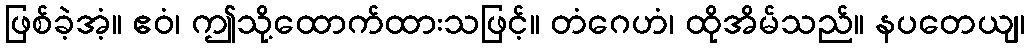
ဖြစ်ခဲ့အံ့။ ဧဝံ၊ ဤသို့ထောက်ထားသဖြင့်။ တံဂေဟံ၊ ထိုအိမ်သည်။ နပတေယျ၊